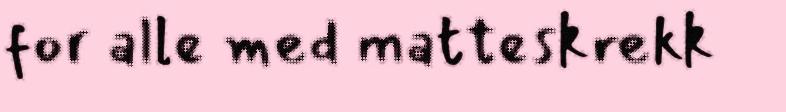
for alle med matteskrekk